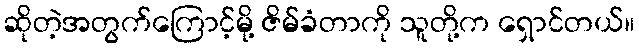
ဆိုတဲ့အတွက်ကြောင့်မို့ ဇိမ်ခံတာကို သူတို့က ရှောင်တယ်။